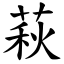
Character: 萩